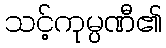
သင့်ကုမ္ပဏီ၏